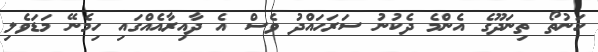
ހަނުތޯ ތިނަދޫގެ އެންމެ ދެކުނު ސަރަހައްދު ވެސް އެ ދާއިރާއެއްގައި ހިމެނޭ މަޑަވެލި